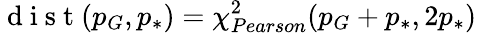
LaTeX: \mathrm{~d~i~s~t~}(p_{G},p_{*})=\chi_{Pearson}^{2}(p_{G}+p_{*},2p_{*})